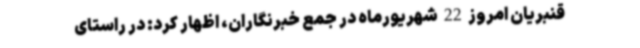
قنبریان امروز 22 شهریورماه در جمع خبرنگاران، اظهار کرد: در راستای